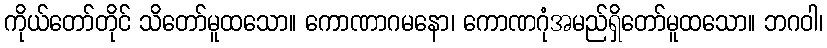
ကိုယ်တော်တိုင် သိတော်မူထသော။ ကောဏာဂမနော၊ ကောဏဂုံအမည်ရှိတော်မူထသော။ ဘဂဝါ၊